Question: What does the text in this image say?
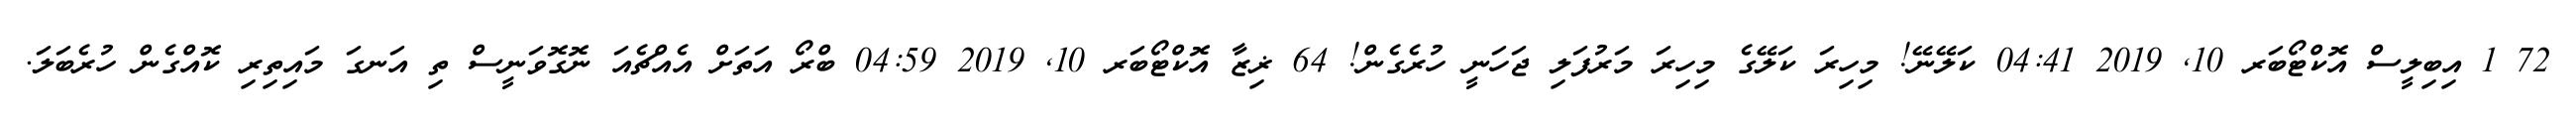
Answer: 72 1 އިބިލީސް އޮކްޓޯބަރ 10, 2019 04:41 ކަލޭނޭ! މިހިރަ ކަލޭގެ މިހިރަ މަރުފަލި ޖަހަނީ ހުރެގެން! 64 ޜިޒާ އޮކްޓޯބަރ 10, 2019 04:59 ބްރޯ އަތަށް އެއްޗެއަ ނޮގޮވަނީސް ތި އަނގަ މައިތިރި ކޮއްގެން ހުރެބަލަ.